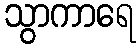
သွာကာရေ